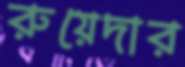
রুয়েদার